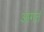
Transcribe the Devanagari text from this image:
आगतं